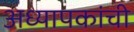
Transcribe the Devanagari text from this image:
अध्यापकांची